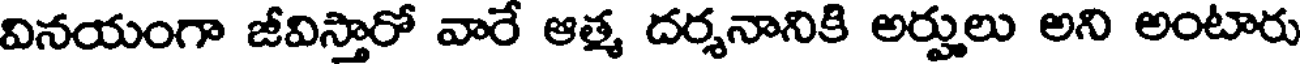
వినయంగా జీవిస్తారో వారే ఆత్మ దర్శనానికి అర్హులు అని అంటారు